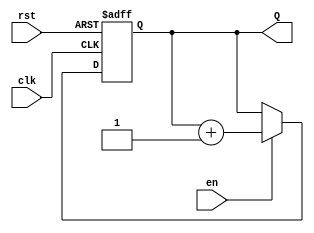
module n_bit_counter #(parameter N = 4) (
    input wire clk,        // Clock input
    input wire rst,       // Asynchronous reset input
    input wire en,        // Enable input
    output reg [N-1:0] Q  // n-bit output count
);

    // Always block triggered on the rising edge of the clock or asynchronous reset
    always @(posedge clk or posedge rst) begin
        if (rst) begin
            Q <= 0; // Reset the counter to 0
        end else if (en) begin
            Q <= Q + 1; // Increment the counter
        end
    end

endmodule